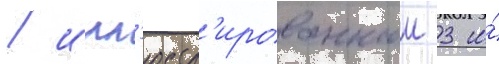
/ илл'юстр'ированнои 3 и́